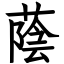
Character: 蔭